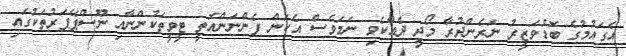
އެގައުމުގެ ބޮޑުވަޒީރު ނަރެންދުރާ މޯދީ ދެއްކެވި ނަމަވެސް އެކަން ފެންނަންއޮތީ ޓީވީތަކުންނާއި ނޫސްޕޭޕަރުތަކުގައި